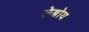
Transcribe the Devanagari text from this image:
लेब्रोय